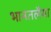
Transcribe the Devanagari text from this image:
भानतलैया